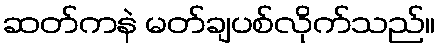
ဆတ်ကနဲ မတ်ချပစ်လိုက်သည်။